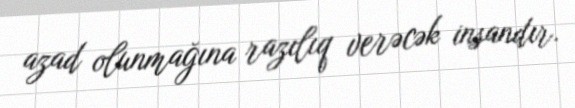
azad olunmağına razılıq verəcək insandır.